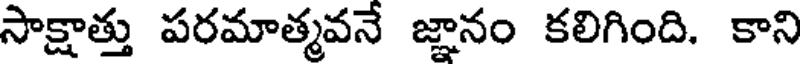
సాక్షాత్తు పరమాత్మవనే జ్ఞానం కలిగింది. కాని